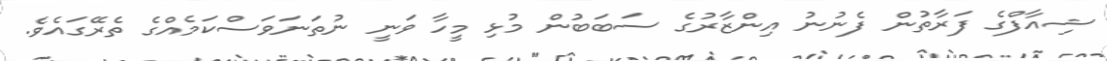
ޝިއާފްގެ ފަރާތުން ފެނުނު އިންޒާރުގެ ސަބަބުން މުޅި މީހާ ވަނީ ނުތަނަވަސްކަމެއްގެ ތެރޭގައެވެ.